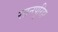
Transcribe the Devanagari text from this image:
रतनपुरिहा